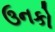
ઉનકો